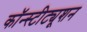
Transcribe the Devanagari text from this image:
कॉन्‍स्‍टीट्यूशन